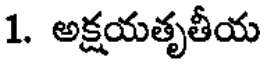
1. అక్షయతృతీయ